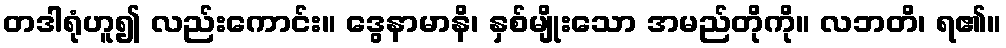
တဒါရုံဟူ၍ လည်းကောင်း။ ဒွေနာမာနိ၊ နှစ်မျိုးသော အမည်တိုကို။ လဘတိ၊ ရ၏။